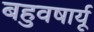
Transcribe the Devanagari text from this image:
बहुवषार्यू